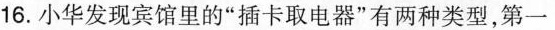
16.小华发现宾馆里的”插卡取电器”有两种类型，第一